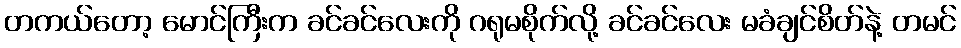
တကယ်တော့ မောင်ကြီးက ခင်ခင်လေးကို ဂရုမစိုက်လို့ ခင်ခင်လေး မခံချင်စိတ်နဲ့ တမင်